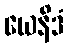
ယေနိဒံ